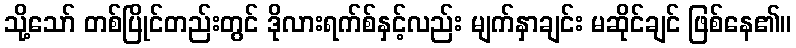
သို့သော် တစ်ပြိုင်တည်းတွင် ဒိုလားရက်စ်နှင့်လည်း မျက်နှာချင်း မဆိုင်ချင် ဖြစ်နေ၏။